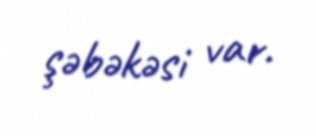
şəbəkəsi var.